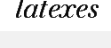
latexes